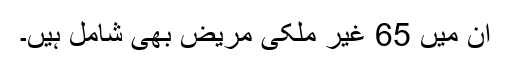
ان میں 65 غیر ملکی مریض بھی شامل ہیں۔